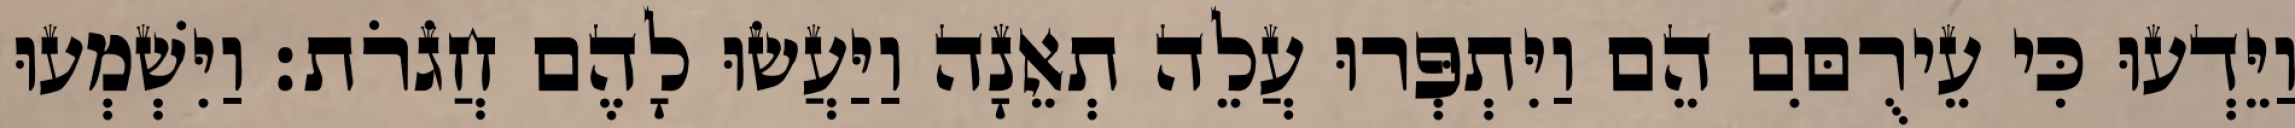
וַיֵּדְעוּ כִּי עֵירֻםִּם הֵם וַיִּתְפְּרוּ עֲלֵה תְאֵנָה וַיַּעֲשׂוּ לָהֶם חֲגֹרֹת׃ וַיִּשְׁמְעוּ